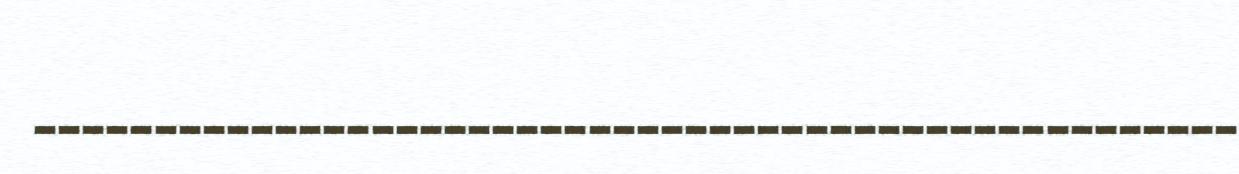
__________________________________________________